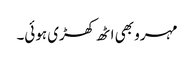
مہرو بھی اٹھ کھڑی ہوئی۔